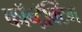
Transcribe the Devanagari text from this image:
कॉन्ट्रॅक्टिंग